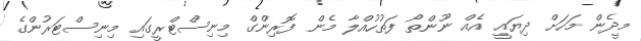
މީދެން މަހަށް ދިޔައީ އެއް ނޫންތޯ ފަތުހުއްލާ މެން ފޮރިންގް މިނިސްޓްރީގައި މިނިސްޓަރުންގެ